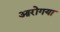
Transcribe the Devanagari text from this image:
आरोगया